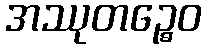
အဿုတဉ္စေဝ